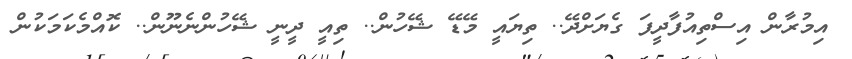
އިމުރާން އިސްތިއުފާދީފަ ގެޔަށްދޭ.. ތިޔައީ މޭޑޭ ޝޭހުން.. ތިއީ ދީނީ ޝޭހުންނެނޫން.. ކޮއްމެކަމަކުން